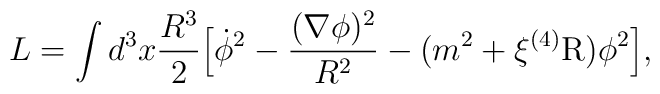
L = \int d^3x \frac{R^3}{2} \Bigl[\dot{\phi}^2- \frac{(\nabla \phi)^2}{R^2}- (m^2 + \xi {}^{(4)}{\rm R} )\phi^2 \Bigr],